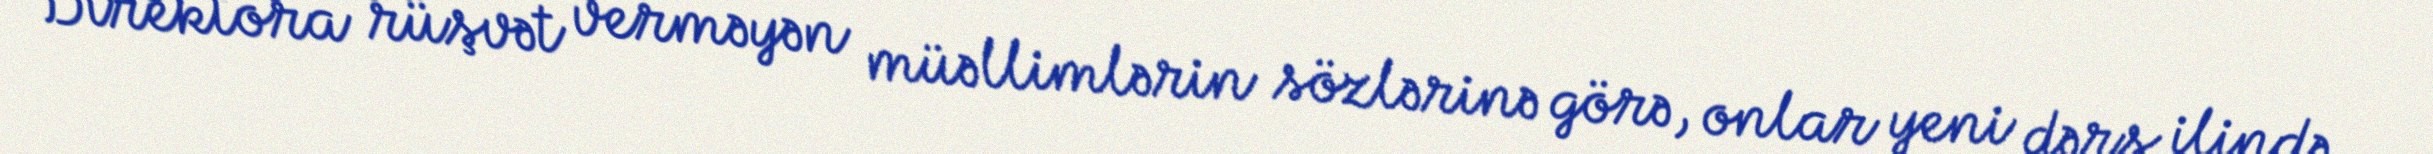
Direktora rüşvət verməyən müəllimlərin sözlərinə görə, onlar yeni dərs ilində